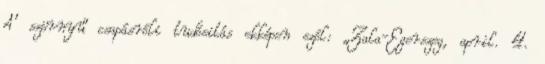
A’ szörnyű csapásróli tudósitás ekképen szól: „Zala-Egerszeg, april. 4.